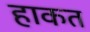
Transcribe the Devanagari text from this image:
हाकत